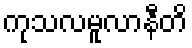
ကုသလမူလာနီတိ